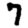
Digit: 7